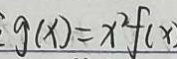
g ( x ) = x ^ { 2 } f ( x )